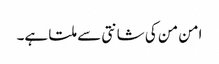
امن من کی شانتی سے ملتا ہے۔